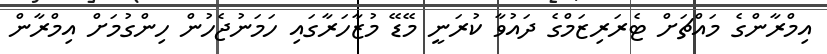
އިމްރާންގެ މައްޗަށް ޓެރަރިޒަމްގެ ދައުވާ ކުރަނީ މޭޑޭ މުޒާހަރާގައި ހަމަނުޖެހުން ހިންގުމަށް އިމްރާން